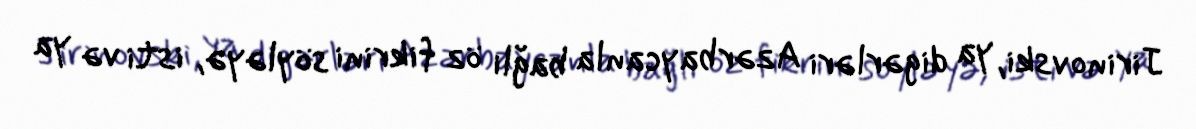
Jirinovski, ya digərləri Azərbaycanla bağlı öz fikrini söyləyə, isti və ya